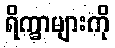
ရိက္ခာများကို